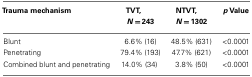
| Trauma mechanism | TVT,N = 243 | NTVT,N = 1302 | p Value |
 | --- | --- | --- | --- |
 | Blunt | 6.6% (16) | 48.5% (631) | <0.0001 |
 | Penetrating | 79.4% (193) | 47.7% (621) | <0.0001 |
 | Combined blunt and penetrating | 14.0% (34) | 3.8% (50) | <0.0001 |